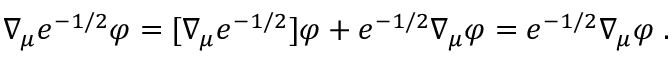
\begin{array} { r } { \nabla _ { \mu } e ^ { - 1 / 2 } \varphi = [ \nabla _ { \mu } e ^ { - 1 / 2 } ] \varphi + e ^ { - 1 / 2 } \nabla _ { \mu } \varphi = e ^ { - 1 / 2 } \nabla _ { \mu } \varphi \; . } \end{array}